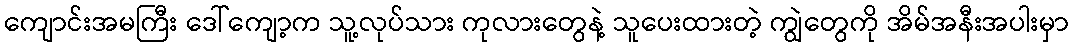
ကျောင်းအမကြီး ဒေါ်ကျော့က သူ့လုပ်သား ကုလားတွေနဲ့ သူပေးထားတဲ့ ကျွဲတွေကို အိမ်အနီးအပါးမှာ